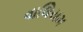
વાલિયમ